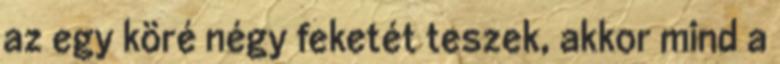
az egy köré négy feketét teszek, akkor mind a